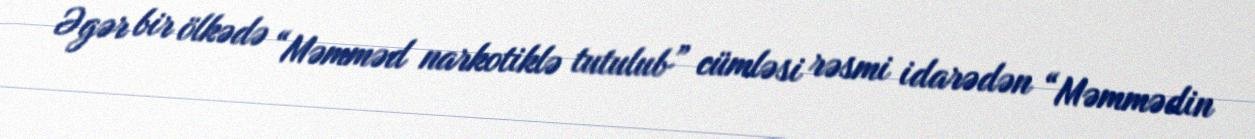
Əgər bir ölkədə “Məmməd narkotiklə tutulub” cümləsi rəsmi idarədən “Məmmədin